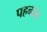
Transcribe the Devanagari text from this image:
पहनान